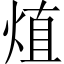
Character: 𤊧